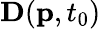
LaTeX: \mathbf{D}(\mathbf{p},t_{0})